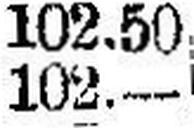
102.—